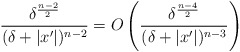
\begin{align*}\frac{\delta^\frac{n-2}{2}}{(\delta+|x'|)^{n-2}}=O\left(\frac{\delta^\frac{n-4}{2}}{(\delta+|x'|)^{n-3}}\right)\end{align*}